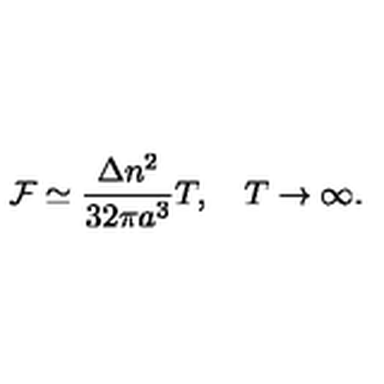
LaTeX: { \cal F } \simeq \frac { \Delta n ^ { 2 } } { 3 2 \pi a ^ { 3 } } T , \quad T \to \infty { . }